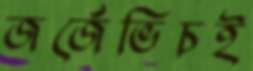
জর্জেভিচই